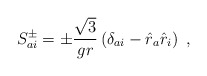
\begin{align*}S_{ai}^{\pm} = \pm \frac{\sqrt{3}}{g r}\left(\delta_{ai} - \hat{r}_a \hat{r}_i\right)~,\end{align*}